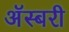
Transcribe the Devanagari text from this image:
अॅस्बरी